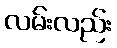
လမ်းလည်း